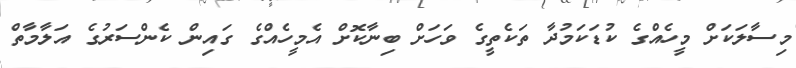
މިސާލަކަށް މީހެއްގެ ކުޑަކަމުދާ ތަކެތީގެ ވަހަށް ބިނާކޮށް އެމީހެއްގެ ގައިން ކެންސަރުގެ އަލާމާތް